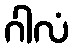
ဂါလံ